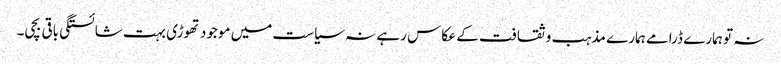
نہ تو ہمارے ڈرامے ہمارے مذہب و ثقافت کے عکاس رہے نہ سیاست میں موجود تھوڑی بہت شائستگی باقی بچی۔